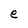
Character: e